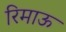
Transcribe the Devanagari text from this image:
रिमाऊ